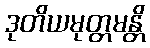
ဒုတိယမုတ္တမန္တိ